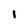
Character: 1